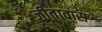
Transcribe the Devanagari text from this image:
जीतावास